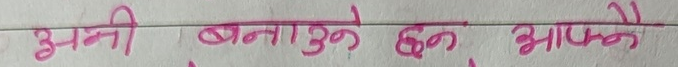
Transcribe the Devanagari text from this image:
अनी बनाउने छन आफ्नै